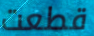
قطعت